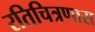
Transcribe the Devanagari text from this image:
रतिचित्रणास